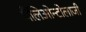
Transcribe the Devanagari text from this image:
पैलिओन्टोलाजी